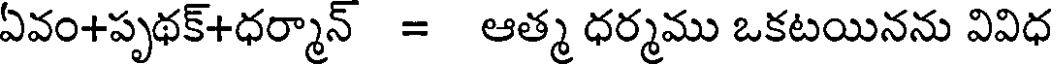
ఏవం+పృథక్+ధర్మాన్ = ఆత్మ ధర్మము ఒకటయినను వివిధ